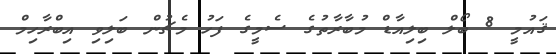
ޤައުމީ 8 ބޯލް ބިލިއާޑް މުބާރާތުގެ ސެމީގެ ފަހު މެޗުން ބަލިވި އިބްރާހިމް